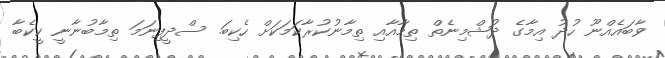
ވާބައެއްނޫ ހުދު އިމާގެ ދުޝްމިނެތް ތިމާއާއި ތިމާނުކުރާކަމަކަށް ހެކިބަ. ސްދީފިނަމަ ތިމާބުނާނީ ކީކެބާ